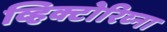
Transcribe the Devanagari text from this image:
व्हिक्टोरिव्ना